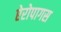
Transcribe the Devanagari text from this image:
ऐरोपागस